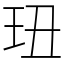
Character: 㺲